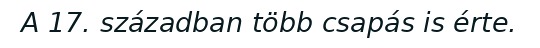
A 17. században több csapás is érte.